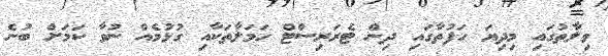
ވިލާތުގައި މިދިޔަ ހަފުތާގައި ދިން ޓެރަރިސްޓް ހަމަލާތަކާއި ގުޅުމެއް ނުވާ ކަމަށް ބުނެ